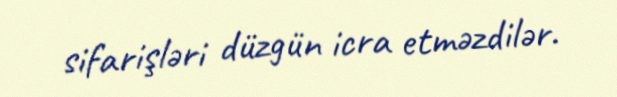
sifarişləri düzgün icra etməzdilər.